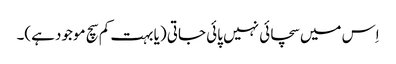
اِس میں سچائی نہیں پائی جاتی (یا بہت کم سچ موجود ہے)۔